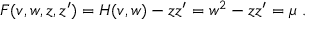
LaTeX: F ( v , w , z , z ^ { \prime } ) = H ( v , w ) - z z ^ { \prime } = w ^ { 2 } - z z ^ { \prime } = \mu ~ .